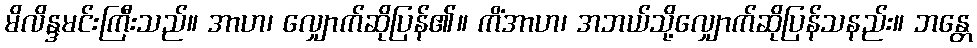
မိလိန္ဒမင်းကြီးသည်။ အာဟ၊ လျှောက်ဆိုပြန်၏။ ကိံအာဟ၊ အဘယ်သို့လျှောက်ဆိုပြန်သနည်း။ ဘန္တေ